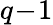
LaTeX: q\! -\! 1